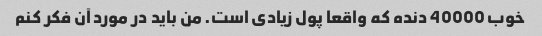
خوب 40000 دنده که واقعا پول زیادی است. من باید در مورد آن فکر کنم